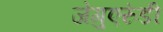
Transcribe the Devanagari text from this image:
जेगुएरुंडी